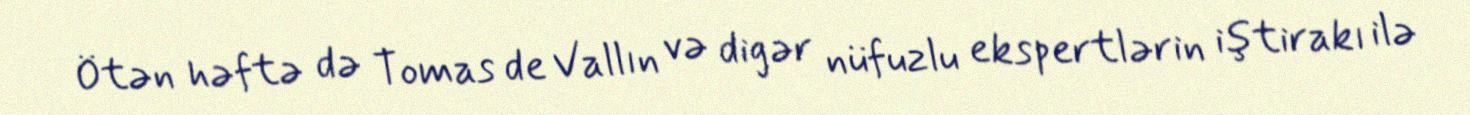
Ötən həftə də Tomas de Vallın və digər nüfuzlu ekspertlərin iştirakı ilə